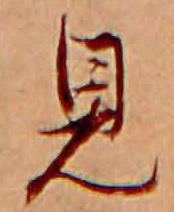
見